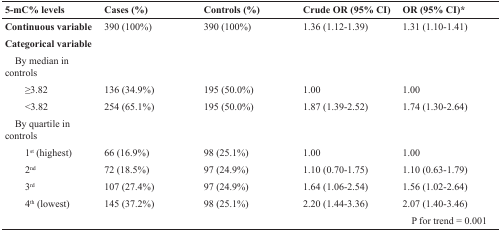
| 5-mC% levels | Cases (%) | Controls (%) | Crude OR (95% CI) | OR (95% CI)* |
 | --- | --- | --- | --- | --- |
 | Continuous variable | 390 (100%) | 390 (100%) | 1.36 (1.12-1.39) | 1.31 (1.10-1.41) |
 | Categorical variable |  |  |  |  |
 | By median in controls |  |  |  |  |
 | ≥3.82 | 136 (34.9%) | 195 (50.0%) | 1.00 | 1.00 |
 | <3.82 | 254 (65.1%) | 195 (50.0%) | 1.87 (1.39-2.52) | 1.74 (1.30-2.64) |
 | By quartile in controls |  |  |  |  |
 | 1st (highest) | 66 (16.9%) | 98 (25.1%) | 1.00 | 1.00 |
 | 2nd | 72 (18.5%) | 97 (24.9%) | 1.10 (0.70-1.75) | 1.10 (0.63-1.79) |
 | 3rd | 107 (27.4%) | 97 (24.9%) | 1.64 (1.06-2.54) | 1.56 (1.02-2.64) |
 | 4th (lowest) | 145 (37.2%) | 98 (25.1%) | 2.20 (1.44-3.36) | 2.07 (1.40-3.46) |
 |  |  |  |  | P for trend = 0.001 |